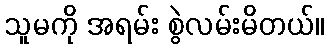
သူမကို အရမ်း စွဲလမ်းမိတယ်။